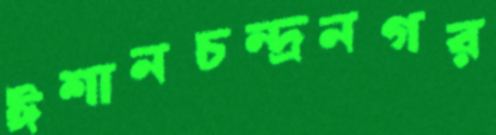
ঈশানচন্দ্রনগর